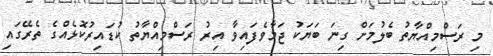
މި ރަސްމިއްޔާތު ބެލުމަށް ގިނަ ބަޔަކު ޖަމާވެފައިވާ އިރު ރަސްމިއްޔާތު ކުޑައިރުކޮޅެއްގެ ތެރޭގައި